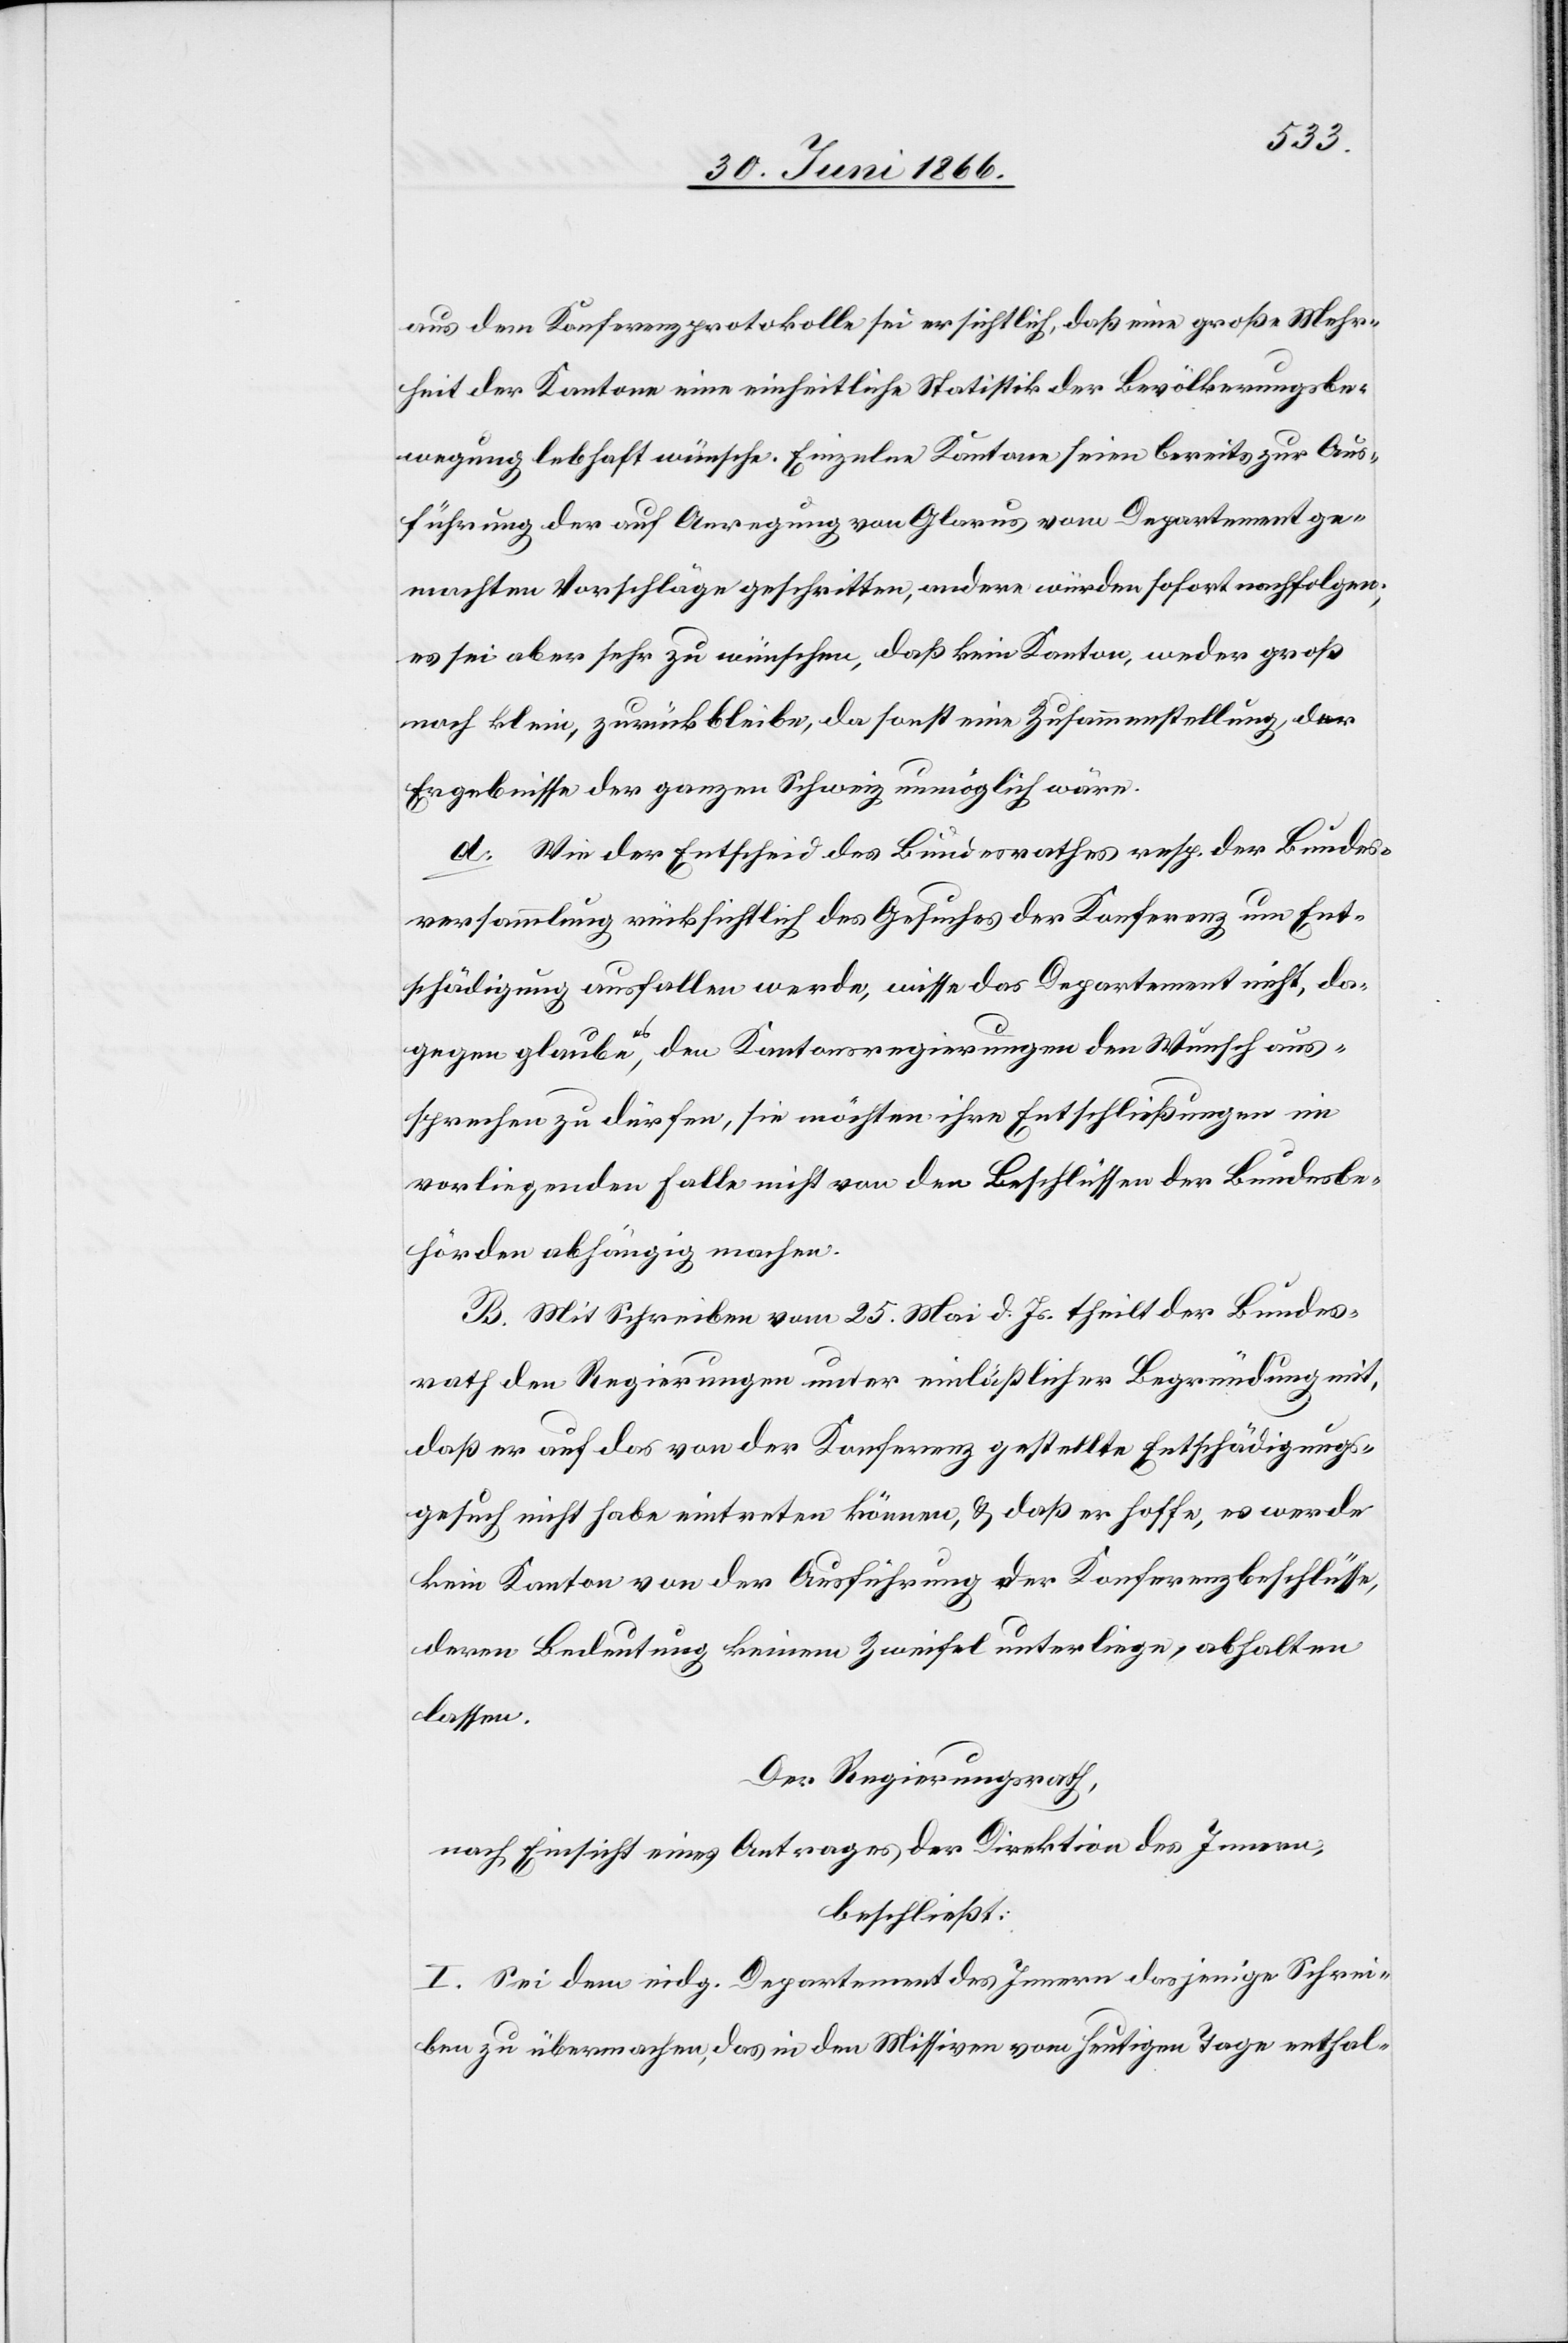
aus dem Konferenzprotokolle sei ersichtlich, daß eine große Mehr¬
heit der Kantone eine einheitliche Statistik der Bevölkerungsbe¬
wegung lebhaft wünsche. Einzelne Kantone seien bereits zur Aus¬
führung der auf Anregung von Glarus vom Departement ge¬
machten Vorschläge geschritten, andere würden sofort nachfolgen;
es sei aber sehr zu wünschen, daß kein Kanton, weder groß
noch klein, zurückbleibe, da sonst eine Zusammenstellung der
Ergebnisse der ganzen Schweiz unmöglich wäre.
d. Wie der Entscheid des Bundesrathes resp. der Bundes¬
versammlung rücksichtlich des Gesuches der Konferenz um Ent¬
schädigung ausfallen werde, wisse das Departement nicht, da¬
gegen glaube es, den Kantonsregierungen den Wunsch aus¬
sprechen zu dürfen, sie möchten ihre Entschließungen im
vorliegenden Falle nicht von den Beschlüssen der Bundesbe¬
hörden abhängig machen.
B. Mit Schreiben vom 25. Mai d. Js. theilt der Bundes¬
rath den Regierungen unter einläßlicher Begründung mit,
daß er auf das von der Konferenz gestellte Entschädigungs¬
gesuch nicht habe eintreten können, u. daß er hoffe, es werde
kein Kanton von der Ausführung der Konferenzbeschlüsse,
deren Bedeutung keinem Zweifel unterliege, abhalten
lassen.
Der Regierungsrath,
nach Einsicht eines Antrages der Direktion des Innern,
beschließt:
I. Sei dem eidg. Departement des Innern dasjenige Schrei¬
ben zu übermachen, das in den Missiven vom heutigen Tage enthal-